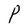
Character: P